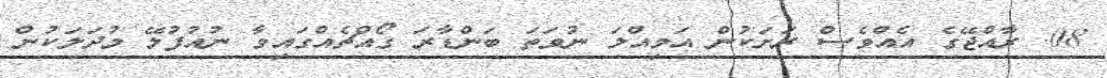
08. ރާއްޖޭގެ އެއްވެސް ރަށަކުން އަމިއްލަ ނުވަތަ ބަންޑާރަ ގޯއްޗެއްގައިވާ ނުއުފުލޭ މުދަލަކުން